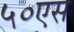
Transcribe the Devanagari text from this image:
५०एस